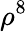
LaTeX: \rho^{8}